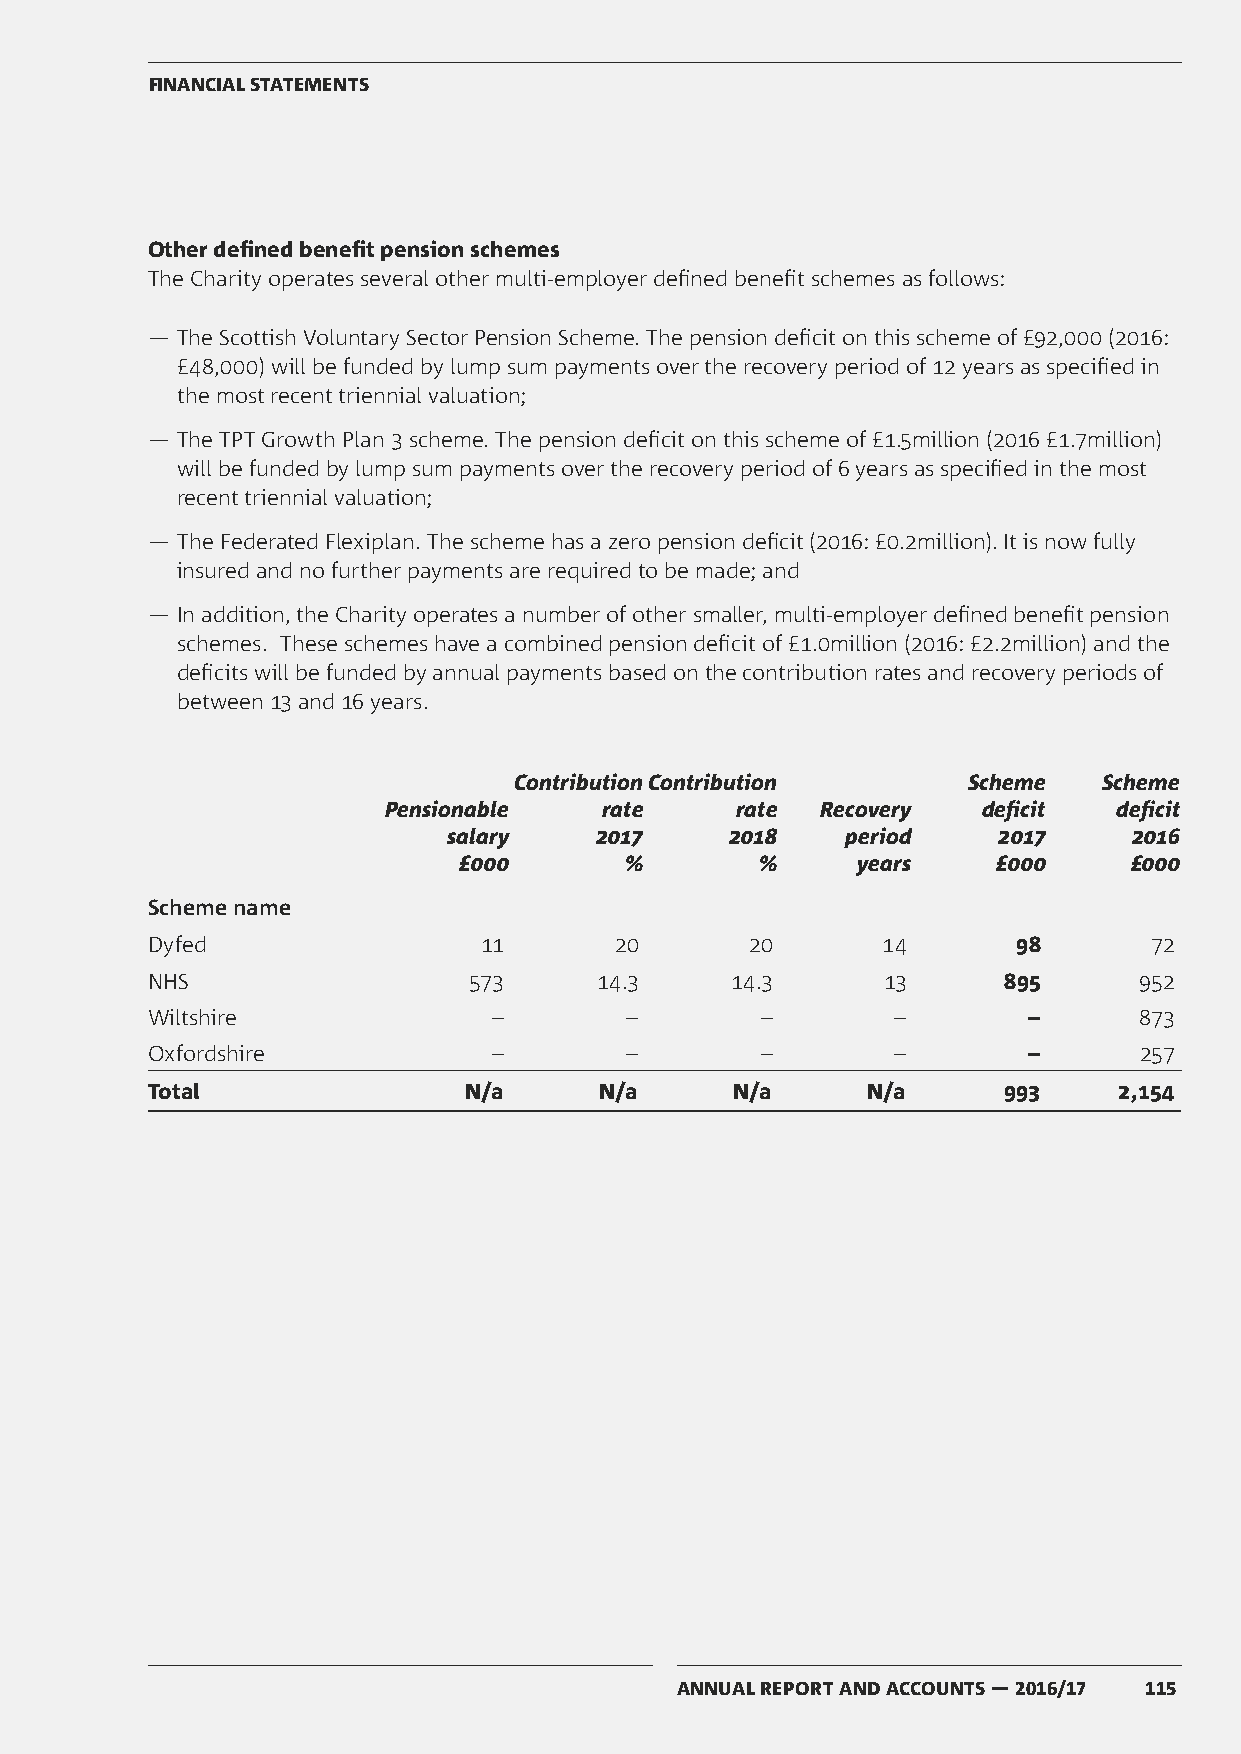
FINANCIAL STATEMENTS
 Other defined benefit pension schemes
 The Charity operates several other multi-employer defined benefit schemes as follows:
 ― The Scottish Voluntary Sector Pension Scheme. The pension deficit on this scheme of £92,000 (2016:
 £48,000) will be funded by lump sum payments over the recovery period of 12 years as specified in
 the most recent triennial valuation;
 ― The TPT Growth Plan 3 scheme. The pension deficit on this scheme of £1.5million (2016 £1.7million)
 will be funded by lump sum payments over the recovery period of 6 years as specified in the most
 recent triennial valuation;
 ― The Federated Flexiplan. The scheme has a zero pension deficit (2016: £0.2million). It is now fully
 insured and no further payments are required to be made; and
 ― In addition, the Charity operates a number of other smaller, multi-employer defined benefit pension
 schemes. These schemes have a combined pension deficit of £1.0million (2016: £2.2million) and the
 deficits will be funded by annual payments based on the contribution rates and recovery periods of
 between 13 and 16 years.
 Contribution Contribution     Scheme   Scheme
 Pensionable    rate     rate Recovery   deficit  deficit
 salary   2017     2018    period    2017     2016
 £000       %        %      years    £000     £000
 Scheme name
 Dyfed                 11       20       20      14       98       72
 NHS                  573     14.3     14.3       13     895      952
 Wiltshire              –       –        –        –        –      873
 Oxfordshire            –       –        –        –        –      257
 Total                N/a      N/a      N/a     N/a      993     2,154
 ANNUAL REPORT AND ACCOUNTS — 2016/17 115